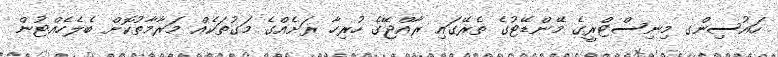
ހައުސިންގ މިނިސްޓްރީގެ މޭންޑޭޓުގެ ތެރޭގައި ރާއްޖޭގެ ހުރިހާ ރަށެއްގެ މަގުތަކެއް މަރާމާތުކޮށް ބެލެހެއްޓުން